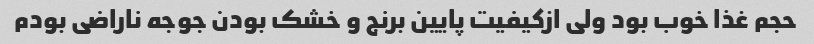
حجم غذا خوب بود ولی ازکیفیت پایین برنج و خشک بودن جوجه ناراضی بودم